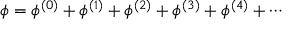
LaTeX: \phi = \phi ^ { ( 0 ) } + \phi ^ { ( 1 ) } + \phi ^ { ( 2 ) } + \phi ^ { ( 3 ) } + \phi ^ { ( 4 ) } + \cdots